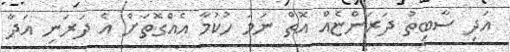
އަދި ސާބިތު ދަރަންޏެއް އޮތް ނަމަ ހުކުމާ އެއްގޮތަށް އެ ދަރަނި އަދާ